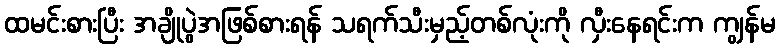
ထမင်းစားပြီး အချိုပွဲအဖြစ်စားရန် သရက်သီးမှည့်တစ်လုံးကို လှီးနေရင်းက ကျွန်မ